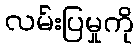
လမ်းပြမှုကို